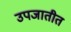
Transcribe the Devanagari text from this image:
उपजातीत